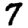
Digit: 7